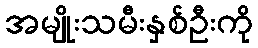
အမျိုးသမီးနှစ်ဦးကို